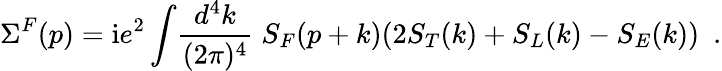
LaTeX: \Sigma^{F}(p)={\mathrm i}e^{2}\int\! \frac{d^{4}k}{(2\pi)^{4}}\; S_{F}(p+k)(2S_{T}(k)+S_{L}(k)-S_{E}(k))~~.